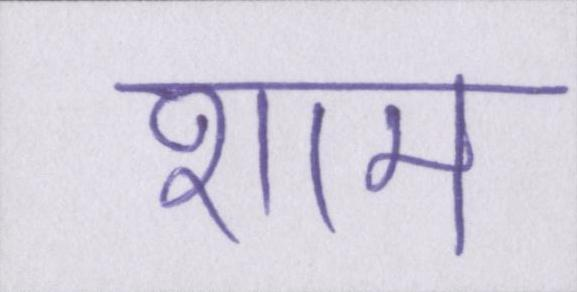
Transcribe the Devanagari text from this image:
शाम